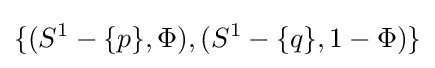
\{(S^{1}-\{p\},\Phi ),(S^{1}-\{q\},1-\Phi )\}